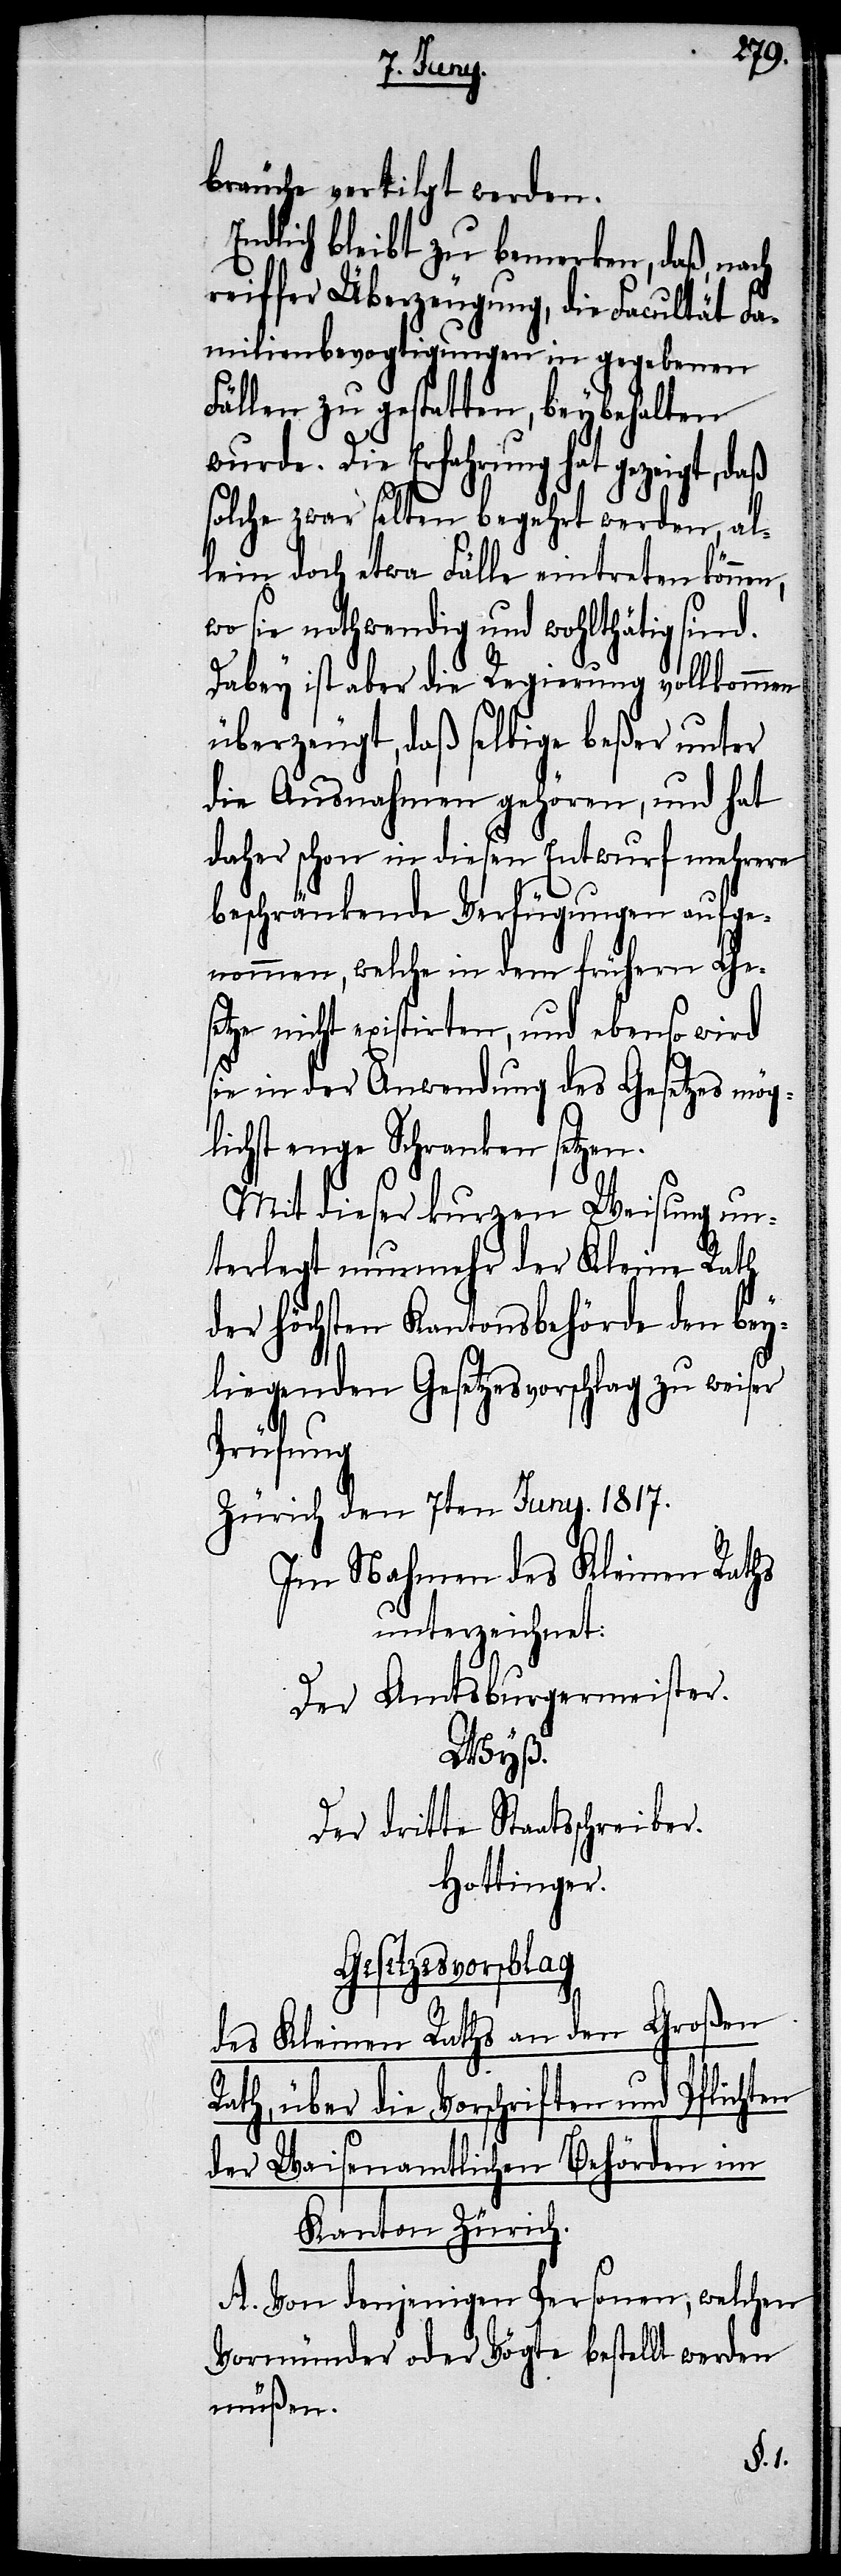
bräuche vertilgt werden.
Endlich bleibt zu bemerken, daß, nach
reiffer Überzeugung, die Facultät Fa¬
milienbevogtigungen in gegebenen
Fällen zu gestatten, beybehalten
wurde. Die Erfahrung hat gezeigt,
solche zwar selten begehrt werden, al¬
lein doch etwa Fälle eintreten können,
wo sie nothwendig und wohlthätig sind.
Dabey ist aber die Regierung vollkommen
überzeugt, daß selbige beßer unter
die Ausnahmen gehören, und hat
daher schon in diesen Entwurf mehrere
beschränkende Verfügungen aufge¬
nommen, welche in dem frühern Gese¬
tze nicht existirten, und ebenso wird
sie in der Anwendung des Gesetzes mög¬
lichst enge Schranken setzen.
Mit dieser kurzen Weisung un¬
terlegt nunmehr der Kleine Rath
der höchsten Kantonsbehörde den bey¬
liegenden Gesetzesvorschlag zu weiser
Prüfung.
Zürich den 7ten Juny. 1817.
Im Nahmen des Kleinen Rathes
unterzeichnet:
Der Amtsburgermeister.
Wyß.
Der dritte Staatsschreiber.
Hottinger.
Gesetzesvorschlag
des Kleinen Raths an den Großen
Rath, über die Vorschriften und Pflichten
der Waisenamtlichen Behörden im
Kanton Zürich.
A. Von denjenigen Personen, welchen
Vormünder oder Vögte bestellt werden
müßen.